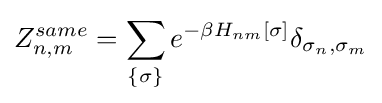
Z_{n,m}^{same}=\sum \limits _{\lbrace \sigma \rbrace }e^{-\beta H_{nm}[\sigma ]}\delta _{\sigma _{n},\sigma _{m}}